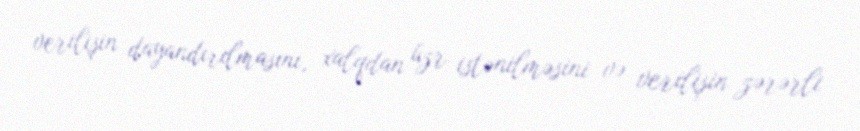
verilişin dayandırılmasını, xalqdan üzr istənilməsini və verilişin zərərli